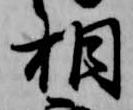
相